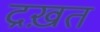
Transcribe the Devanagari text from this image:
द्रख़त